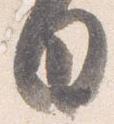
日